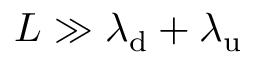
L \gg \lambda _ { \mathrm { d } } + \lambda _ { \mathrm { u } }